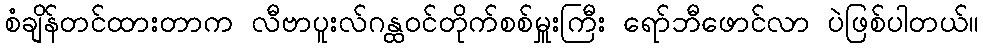
စံချိန်တင်ထားတာက လီဗာပူးလ်ဂန္ထဝင်တိုက်စစ်မှူးကြီး ရော်ဘီဖောင်လာ ပဲဖြစ်ပါတယ်။